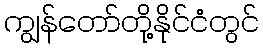
ကျွန်တော်တို့နိုင်ငံတွင်